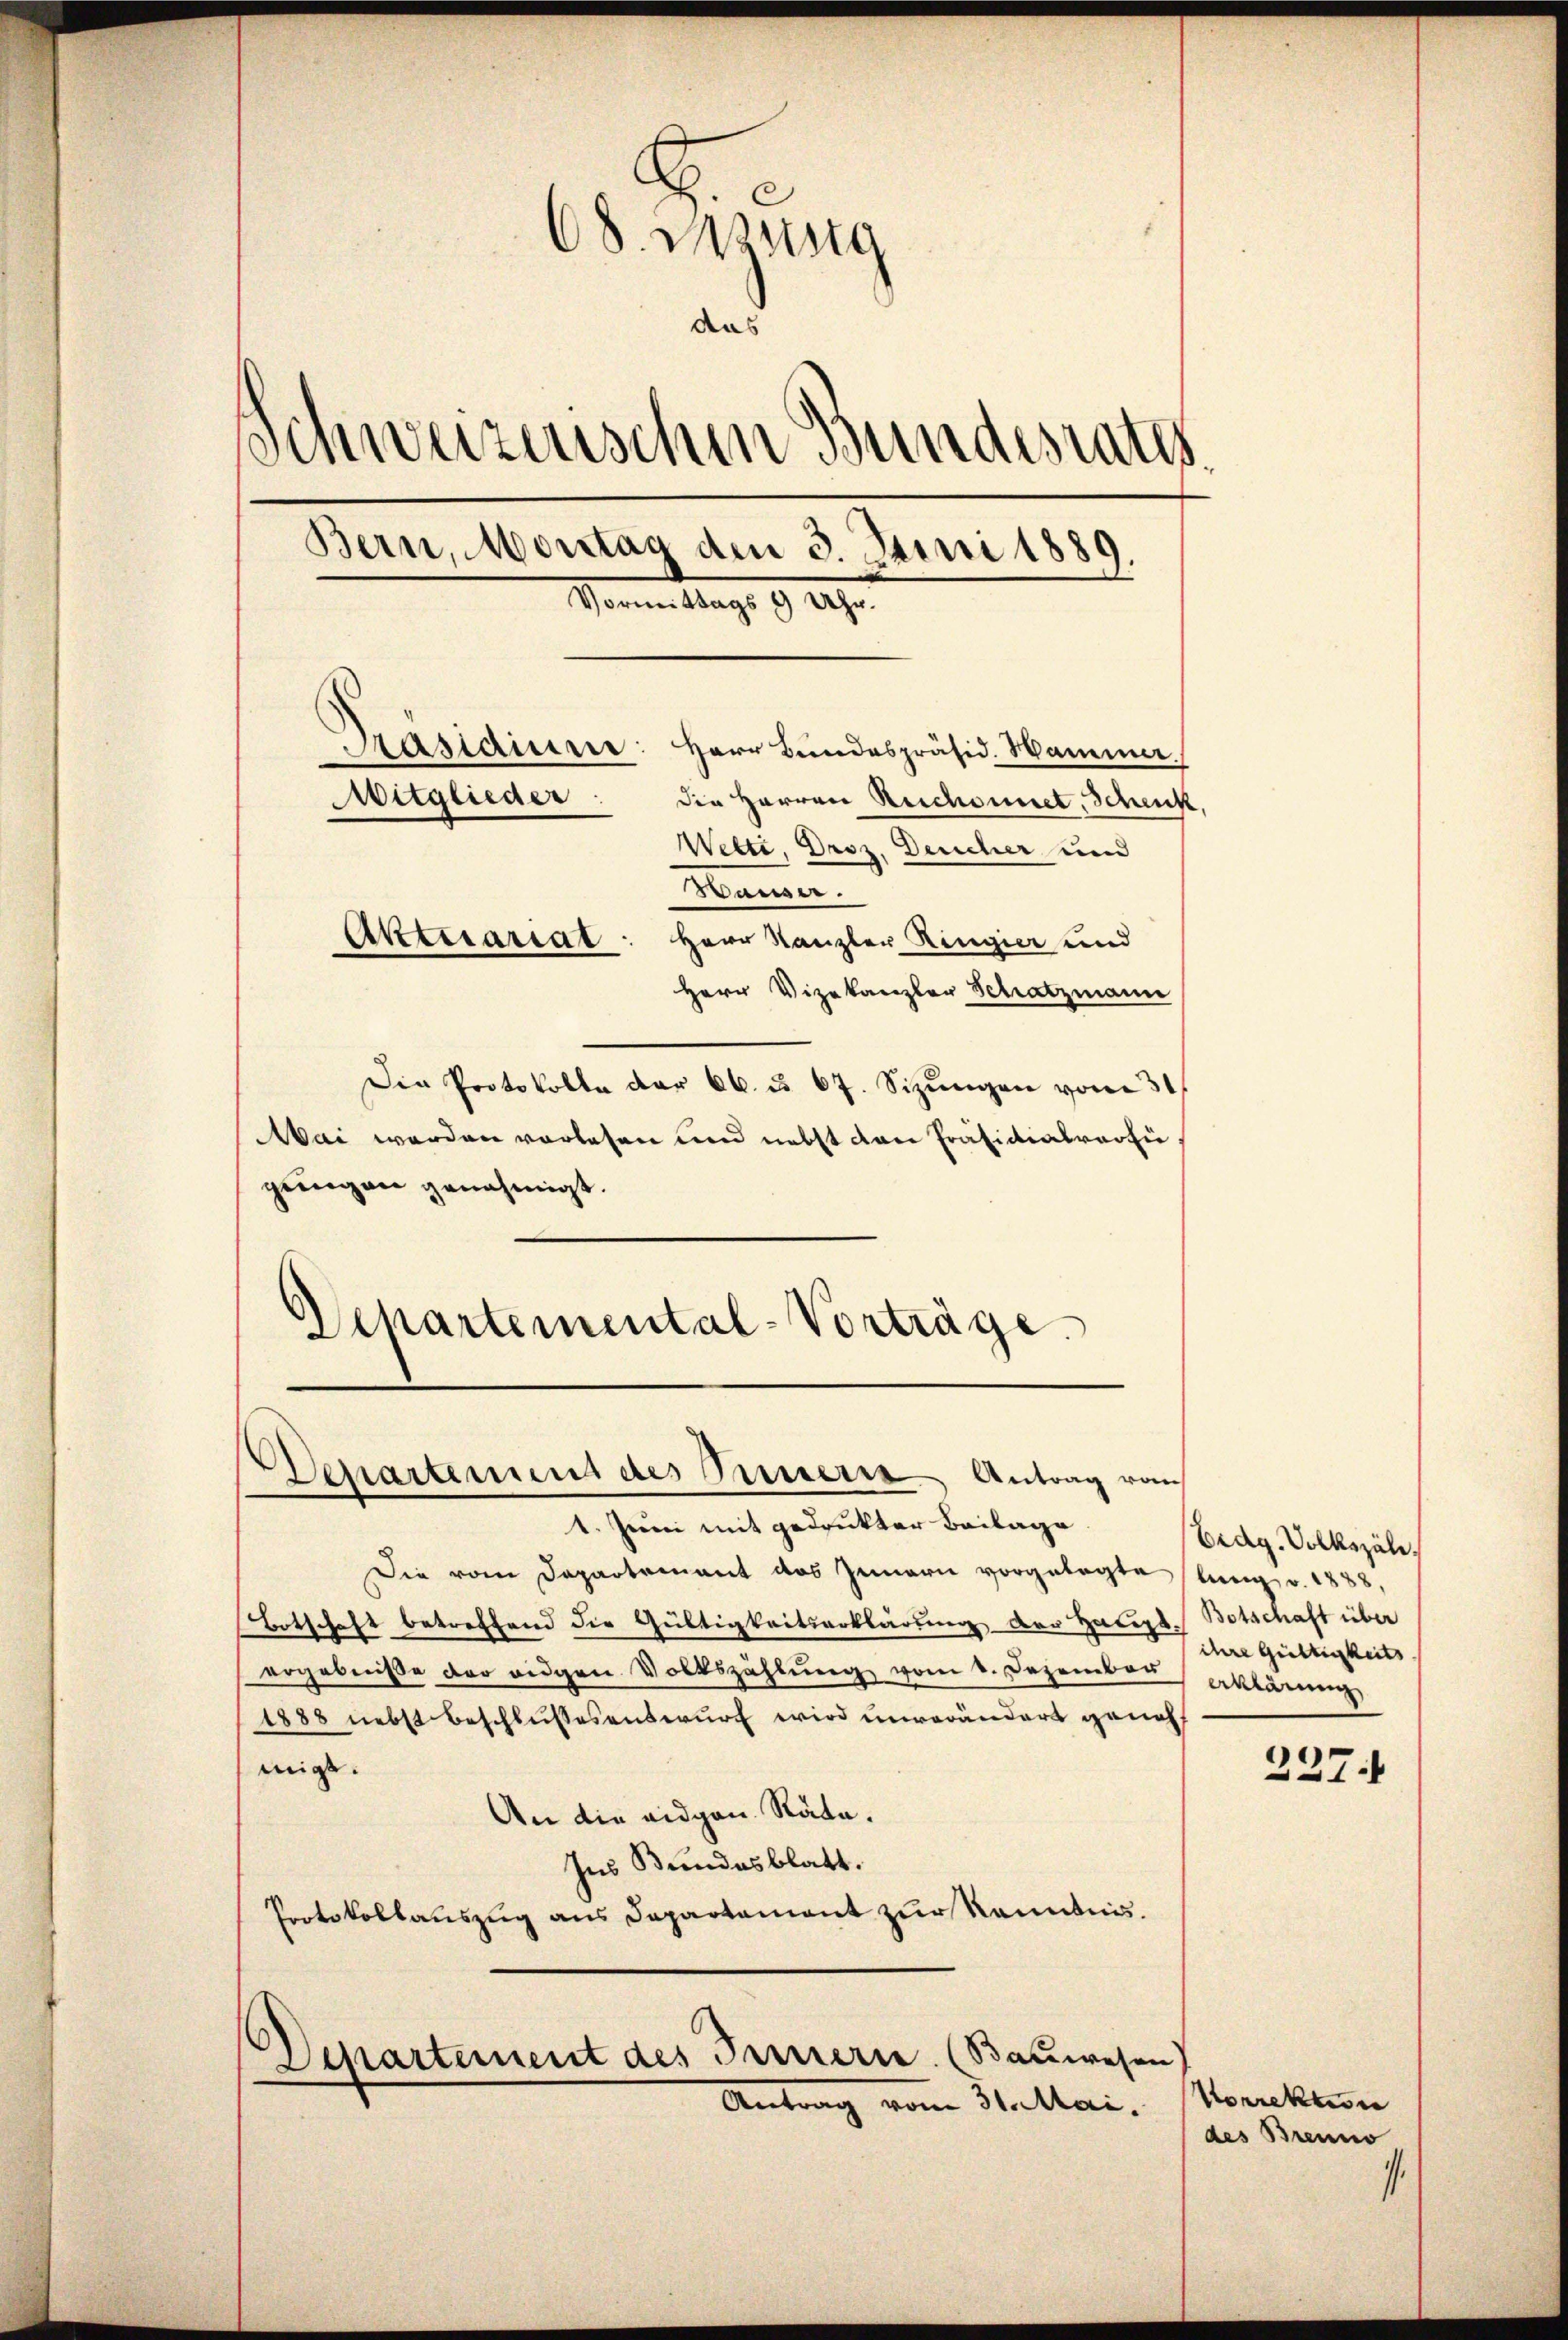
68. Lesung
and
Schweizerischen Bundesraths
Bern, Montag den 3. Juni 1889.
Sonnen Tags 9 Uhr
Präsidium: Herr Bundespräsid. Wammer.
Mitglieder
die Herren Reichsenet, Schenk,
Welti, Droz, Deucher und
Hauser.
Aktuariat
Herr Kanzler Ringier und

Herr Vizekanzler Schatzmann
Die Protokolle der 66. u. 67. Sizungen vom 31.
Mai werden vorlesen und nebst dan Präsidialversiegŭngen genehmigt.
Schartemental-Vorträge.

Departemens des Innern Antrag vom

1. Juni mit gedrukter Beilage
Die vom Departement das Innern vorgelegte lung v. 1888,
Botschaft betreffend die Gültigkeitserklärung der Haupt. Botschaft über
ergebniße der eidgen Volkszählung vom 1. Dezember klärung
1888 nebst beschlussesentwurf wird unverändert genohmigt.
An die eidgen. Räte.
Ins Bundesblatt.
Protokollauszug aus Departement zur Kenntnis.

Departement des Innern. (Bauwesen
Antrag vom 31. Mai, Korrektion

Eidg. Volkszäle.
ihre Gültigkeits
227.

des Brenno
.